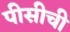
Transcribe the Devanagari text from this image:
पीसीची